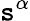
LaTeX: \mathtt{s}^{\alpha}